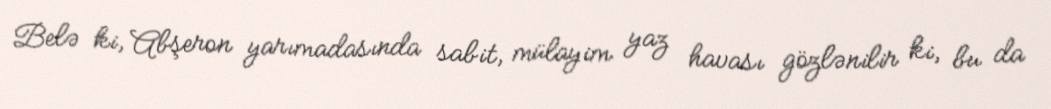
Belə ki, Abşeron yarımadasında sabit, mülayim yaz havası gözlənilir ki, bu da